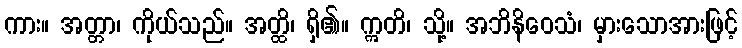
ကား။ အတ္တာ၊ ကိုယ်သည်။ အတ္ထိ၊ ရှိ၏။ ဣတိ၊ သို့။ အဘိနိဝေသံ၊ မှားသောအားဖြင့်